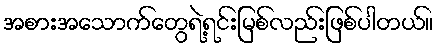
အစားအသောက်တွေရဲ့ရင်းမြစ်လည်းဖြစ်ပါတယ်။